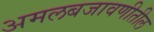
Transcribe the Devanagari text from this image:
अमलबजावणीतील